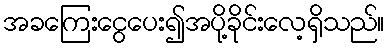
အခကြေးငွေပေး၍အပို့ခိုင်းလေ့ရှိသည်။